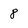
Character: 8